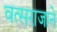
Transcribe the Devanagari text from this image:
वत्सराजाने